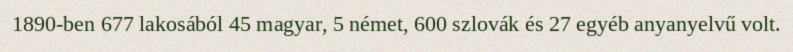
1890-ben 677 lakosából 45 magyar, 5 német, 600 szlovák és 27 egyéb anyanyelvű volt.